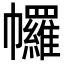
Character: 𢅾